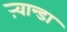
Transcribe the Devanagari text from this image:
ऱ्वान्डा